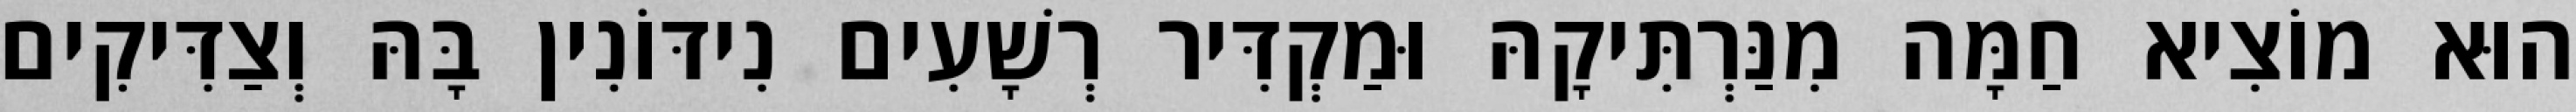
הוּא מוֹצִיא חַמָּה מִנַּרְתִּיקָהּ וּמַקְדִּיר רְשָׁעִים נִידּוֹנִין בָּהּ וְצַדִּיקִים